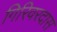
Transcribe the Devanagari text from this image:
गिरिवरदास